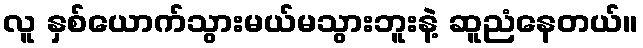
လူ နှစ်ယောက်သွားမယ်မသွားဘူးနဲ့ ဆူညံနေတယ်။